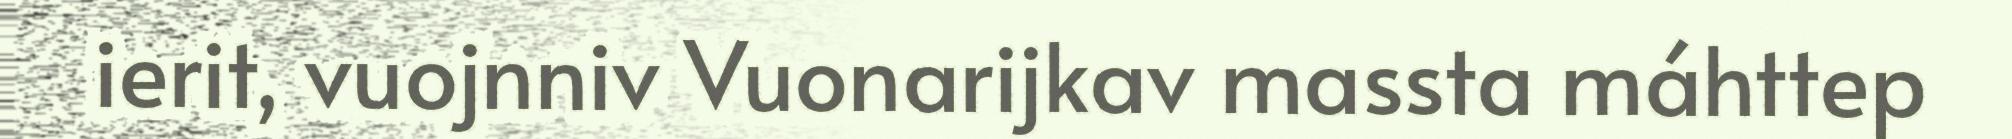
ierit, vuojnniv Vuonarijkav massta máhttep